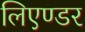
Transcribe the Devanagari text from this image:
लिएण्डर